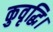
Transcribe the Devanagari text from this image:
कुवृद्धि।